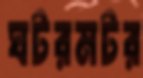
ঘটরমটর